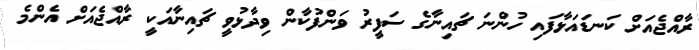
ރާއްޖެއަށް ކަނޑައަޅާފައި ހުންނަ ޗައިނާގެ ސަފީރު ވަންފުކާން ވިދާޅުވީ ޗައިނާއަކީ ރާއްޖެއަށް އެންމެ